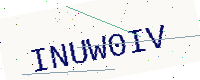
Text: INUW0IV